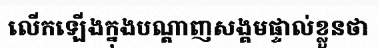
លើកឡើងក្នុងបណ្តាញសង្គមផ្ទាល់ខ្លួនថា